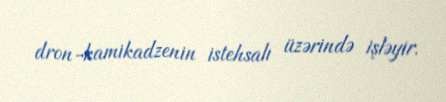
dron-kamikadzenin istehsalı üzərində işləyir.